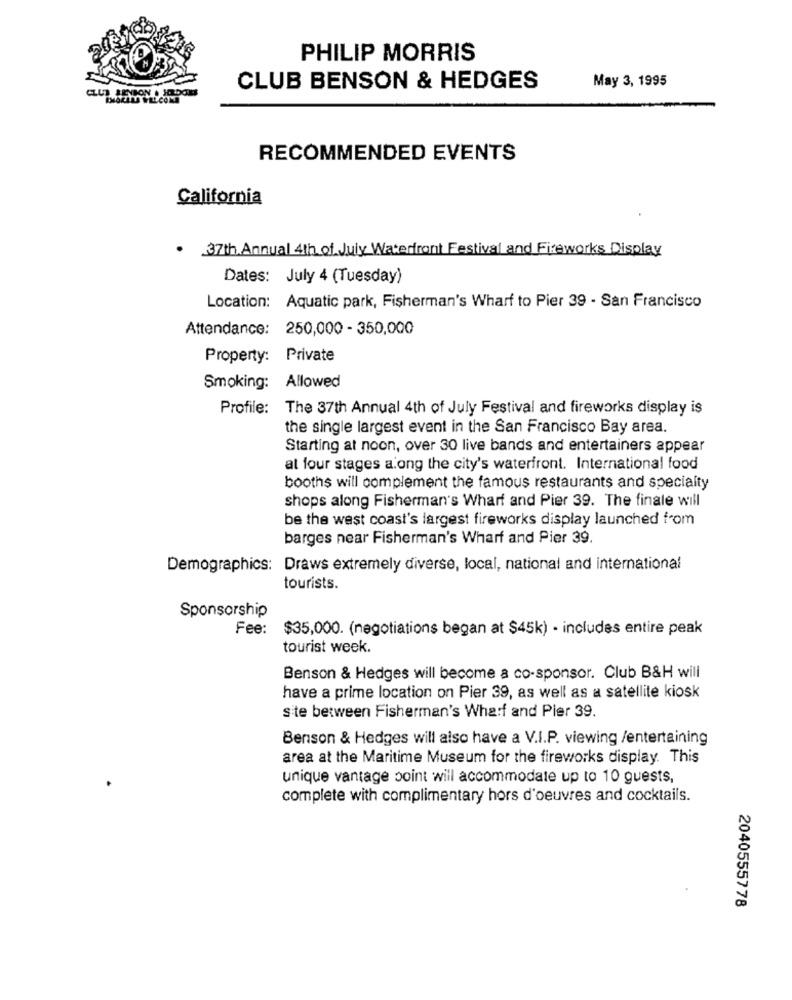
PHILIP MORRIS
May 3, 1995
CLUB BENSON & HEDGES
RECOMMENDED EVENTS
California
. 37th Annual 4th of July Waterfront Festival and Fireworks Display
Dates: July 4 (Tuesday)
Location: Aquatic park, Fisherman's Wharf to Pier 39 - San Francisco
Attendance: 250,000 - 350,000
Property: Private
Smoking: Allowed
Profile:
The 37th Annual 4th of July Festival and fireworks display is
the single largest event in the San Francisco Bay area.
Starting at noon, over 30 live bands and entertainers appear
at four stages along the city's waterfront. International food
booths will complement the famous restaurants and specialty
shops along Fisherman's Wharf and Pier 39. The finale will
be the west coast's largest fireworks display launched from
barges near Fisherman's Wharf and Pier 39.
Demographics: Draws extremely diverse, local, national and international
tourists.
Sponsorship
Fee:
$35,000. (negotiations began at $45k) - includes entire peak
tourist week.
Benson & Hedges will become a co-sponsor. Club B&H will
have a prime location on Pier 39, as well as a satellite kiosk
site between Fisherman's Wharf and Pier 39.
Benson & Hedges will also have a V.I.P. viewing /entertaining
area at the Maritime Museum for the fireworks display. This
unique vantage point will accommodate up to 10 guests,
complete with complimentary hors d'oeuvres and cocktails.
2040555778